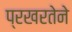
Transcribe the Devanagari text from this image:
प्रखरतेने